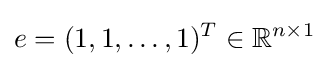
e=(1,1,\dots ,1)^{T}\in \mathbb {R} ^{n\times 1}